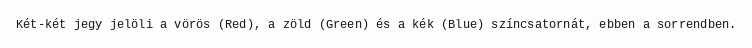
Két-két jegy jelöli a vörös (Red), a zöld (Green) és a kék (Blue) színcsatornát, ebben a sorrendben.